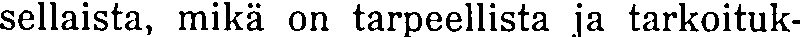
sellaista, mikä on tarpeellista ja tarkoituk-